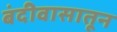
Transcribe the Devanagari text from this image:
बंदीवासातून